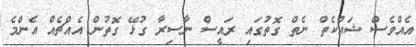
އެއްވެސް ޝައްކެތް ނެތް ގޮތުގައި ރައީސް ނާސިރާ ގުޅޭ ގޮތުން އެއްޗެއް އެންމެ